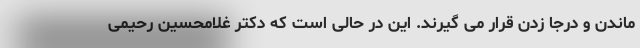
ماندن و درجا زدن قرار می گیرند. این در حالی است که دکتر غلامحسین رحیمی